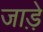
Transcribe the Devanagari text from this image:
जाड़े़